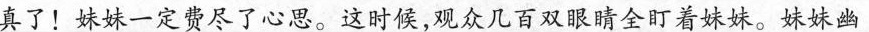
真了！妹妹一定费尽了心思。这时候，观众几百双眼睛全盯着妹妹。妹妹幽